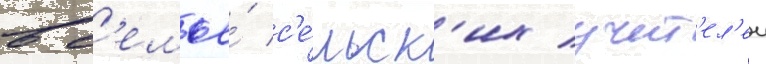
в с'емье́ с'е́льск'их учит'ел'еи